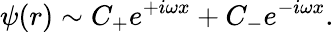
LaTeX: \psi(r)\sim C_{+}e^{+i\omega x}+C_{-}e^{-i\omega x}.